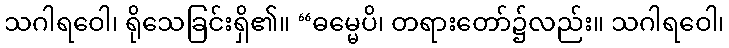
သဂါရဝေါ၊ ရိုသေခြင်းရှိ၏။ “ဓမ္မေပိ၊ တရားတော်၌လည်း။ သဂါရဝေါ၊